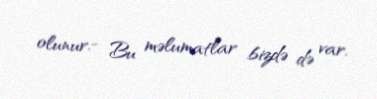
olunur.- Bu məlumatlar bizdə də var.